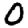
Digit: 0